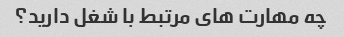
چه مهارت های مرتبط با شغل دارید؟